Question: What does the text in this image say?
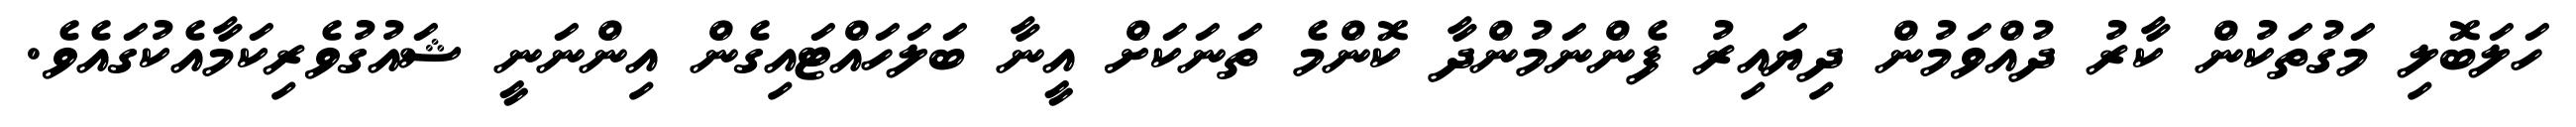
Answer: ހަލަބޮލި މަގުތަކުން ކާރު ދުއްވަމުން ދިޔައިރު ފެންނަމުންދާ ކޮންމެ ތަނަކަށް އީނާ ބަލަހައްޓައިގެން އިންނަނީ ޝައުގުވެރިކަމާއެކުގައެވެ.